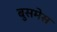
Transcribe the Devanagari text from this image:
बुसमेस